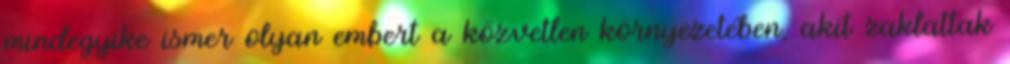
mindegyike ismer olyan embert a közvetlen környezetében, akit zaklattak